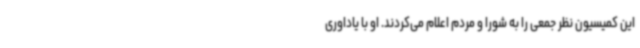
این کمیسیون نظر جمعی را به شورا و مردم اعلام می‌کردند. او با یاداوری